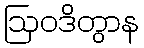
ဩဝဒိတွာန